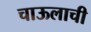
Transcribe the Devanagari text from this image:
चाऊलाची